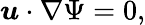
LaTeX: {\boldsymbol{u}}\cdot\nabla\Psi=0,